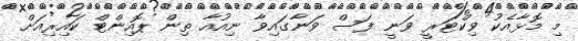
މި މޮޅާއެކު ވިކްޓަރީ ވަނީ ފަސް ވަނާގައިވާ ނިއުއާ ތިން ޕޮއިންޓް ކައިރިއަށް